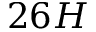
2 6 H